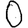
Digit: 0